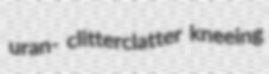
uran- clitterclatter kneeing